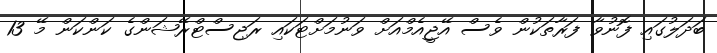
ބަދަލުގައި ފޮނުވާ ފަރާތަކުން ވެސް އޭޖީއެމްއަށް ވަނުމަށްޓަކައި ރަޖިސްޓްރޭޝަންގެ ކަންކަން މޭ 13